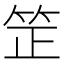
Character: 䇥